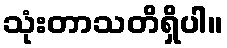
သုံးတာသတိရှိပါ။